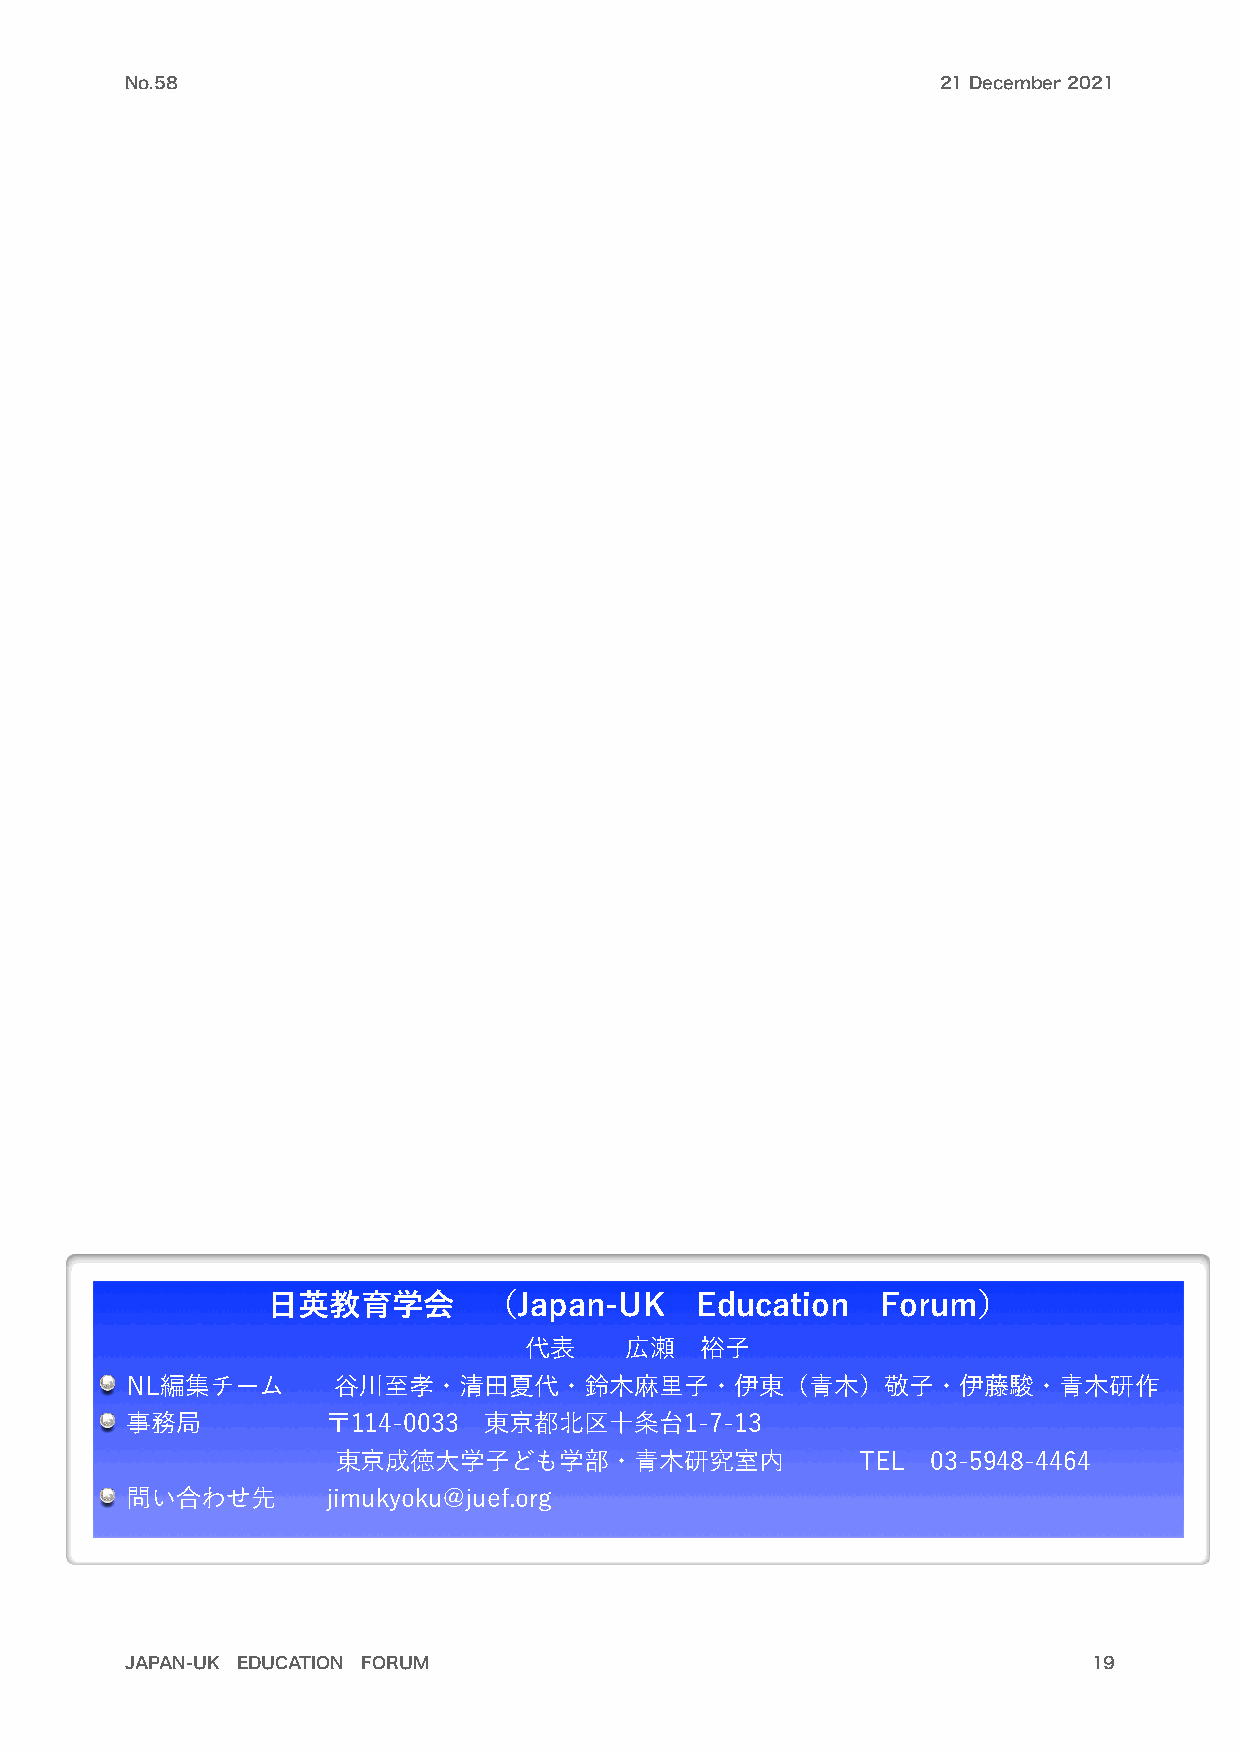
No.58                                                 21 December 2021
 日英教育学会        （Japan-UK     Education   Forum）
 代表    広瀬   裕子
 NL編集チーム       谷川至孝・清田夏代・鈴木麻里子・伊東（青木）敬子・伊藤駿・青木研作
 事務局           〒114-0033 東京都北区十条台1-7-13
 東京成徳大学子ども学部・青木研究室内                 TEL  03-5948-4464
 問い合わせ先        jimukyoku@juef.org
 JAPAN-UK EDUCATION FORUM                                        19